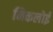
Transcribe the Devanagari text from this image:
निकलोई